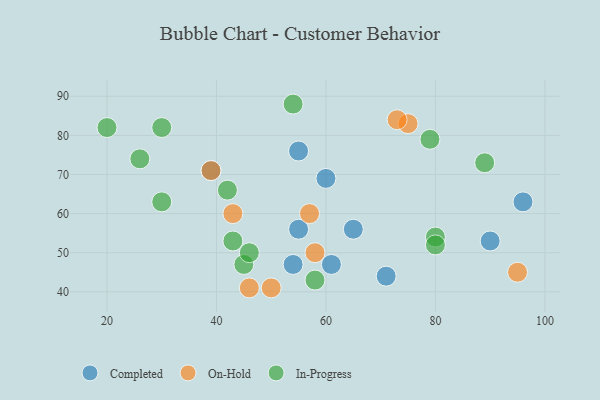
{"axis": {"x": "GDP", "y": "Life Expectancy"}, "legend": ["Completed", "In-Progress", "On-Hold"], "data": [{"x": "61", "y": 47, "type": "Completed"}, {"x": "54", "y": 47, "type": "Completed"}, {"x": "55", "y": 76, "type": "Completed"}, {"x": "96", "y": 63, "type": "Completed"}, {"x": "39", "y": 71, "type": "Completed"}, {"x": "65", "y": 56, "type": "Completed"}, {"x": "60", "y": 69, "type": "Completed"}, {"x": "55", "y": 56, "type": "Completed"}, {"x": "71", "y": 44, "type": "Completed"}, {"x": "90", "y": 53, "type": "Completed"}, {"x": "39", "y": 71, "type": "On-Hold"}, {"x": "58", "y": 50, "type": "On-Hold"}, {"x": "57", "y": 60, "type": "On-Hold"}, {"x": "95", "y": 45, "type": "On-Hold"}, {"x": "50", "y": 41, "type": "On-Hold"}, {"x": "46", "y": 41, "type": "On-Hold"}, {"x": "43", "y": 60, "type": "On-Hold"}, {"x": "75", "y": 83, "type": "On-Hold"}, {"x": "73", "y": 84, "type": "On-Hold"}, {"x": "20", "y": 82, "type": "In-Progress"}, {"x": "80", "y": 54, "type": "In-Progress"}, {"x": "30", "y": 63, "type": "In-Progress"}, {"x": "79", "y": 79, "type": "In-Progress"}, {"x": "42", "y": 66, "type": "In-Progress"}, {"x": "80", "y": 52, "type": "In-Progress"}, {"x": "54", "y": 88, "type": "In-Progress"}, {"x": "45", "y": 47, "type": "In-Progress"}, {"x": "26", "y": 74, "type": "In-Progress"}, {"x": "89", "y": 73, "type": "In-Progress"}, {"x": "58", "y": 43, "type": "In-Progress"}, {"x": "46", "y": 50, "type": "In-Progress"}, {"x": "30", "y": 82, "type": "In-Progress"}, {"x": "43", "y": 53, "type": "In-Progress"}]}